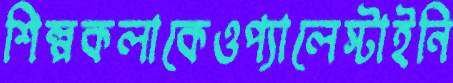
শিল্পকলাকেওপ্যালেস্টাইনি